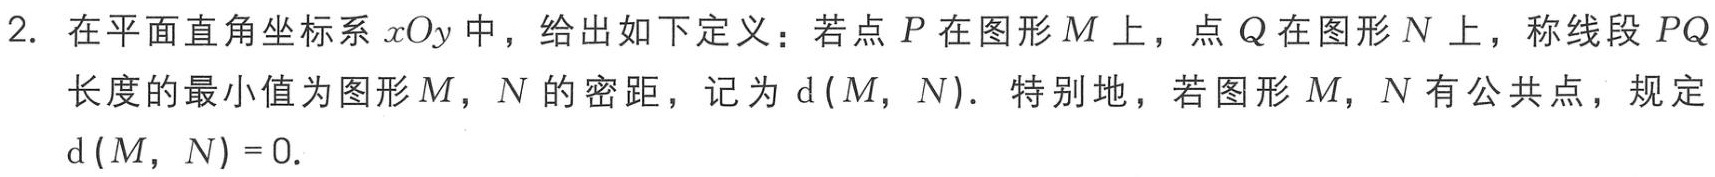
2. 在平面直角坐标系\(xOy\)中，给出如下定义：若点\(P\)在图形\(M\)上，点\(Q\)在图形\(N\)上，称线段\(PQ\)长度的最小值为图形\(M\)，\(N\)的密距，记为\(d(M,N)\)．特别地，若图形\(M\)，\(N\)有公共点，规定\(d(M,N)=0\)．